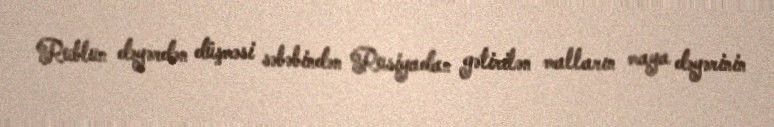
Rublun dəyərdən düşməsi səbəbindən Rusiyadan gətirilən malların maya dəyərinin